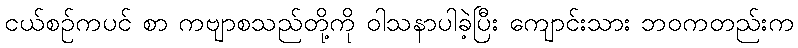
ငယ်စဉ်ကပင် စာ ကဗျာစသည်တို့ကို ဝါသနာပါခဲ့ပြီး ကျောင်းသား ဘဝကတည်းက